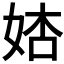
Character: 𡜺